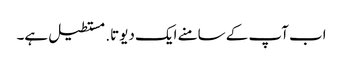
اب آپ کے سامنے ایک دیوتا. مستطیل ہے۔